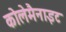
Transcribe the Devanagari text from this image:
कोलेमैनाइट